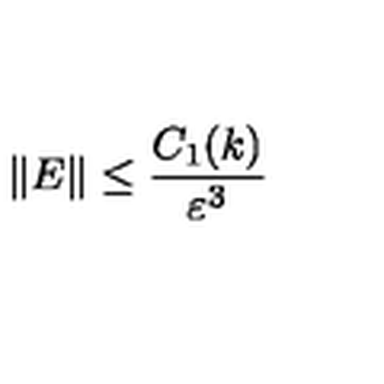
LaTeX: \| E \| \leq \frac { C _ { 1 } ( k ) } { \varepsilon ^ { 3 } }